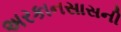
અરકાનસાસની